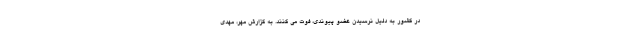
در کشور به دلیل نرسیدن عضو پیوندی، فوت می کنند. به گزارش مهر، مهدی